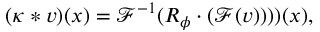
( \kappa \ast v ) ( x ) = \mathcal { F } ^ { - 1 } ( R _ { \phi } \cdot ( \mathcal { F } ( v ) ) ) ) ( x ) ,